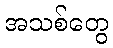
အသစ်တွေ